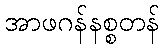
အာဖဂန်နစ္စတန်